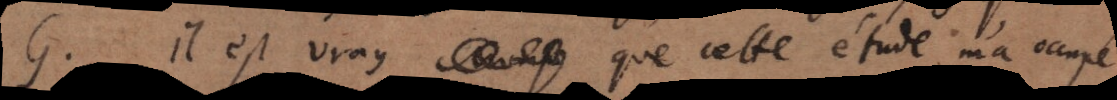
G. Il est vray que cette étude m’a occupé